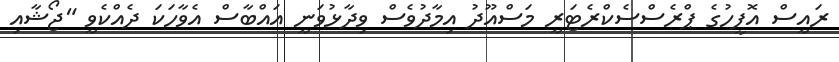
ރައީސް އޮފީހުގެ ޕްރެސްސެކްރެޓަރީ މަސްއޫދު އިމާދުވެސް ވިދާޅުވަނީ އައްބާސް އެވާހަކަ ދެއްކެވީ "ޖޯޝާއި